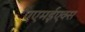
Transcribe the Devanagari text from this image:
एएमईएक्स